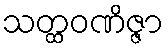
သတ္ထဝဏိဇ္ဇာ